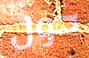
حول